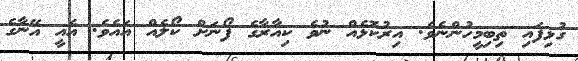
ގުޅިފައި ތިބިމީހުންނެވެ. އިރުކޮޅެއް ނުވެ ކިއާރާގެ ފޯނަށް ކޯލެއް އައެވެ. އެއީ އޭނާގެ